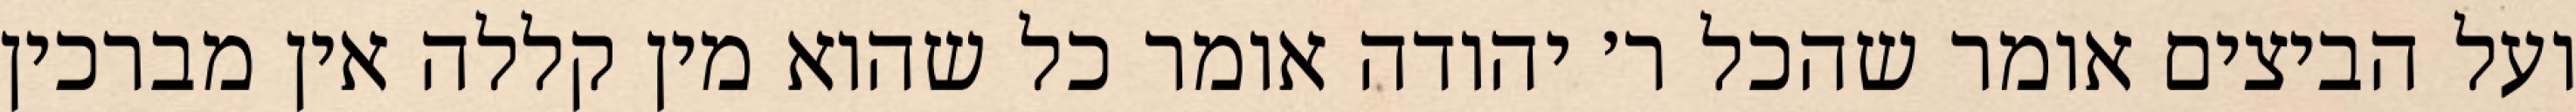
ועל הביצים אומר שהכל ר׳ יהודה אומר כל שהוא מין קללה אין מברכין